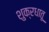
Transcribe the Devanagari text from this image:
शुक्रधातू